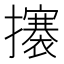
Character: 攐